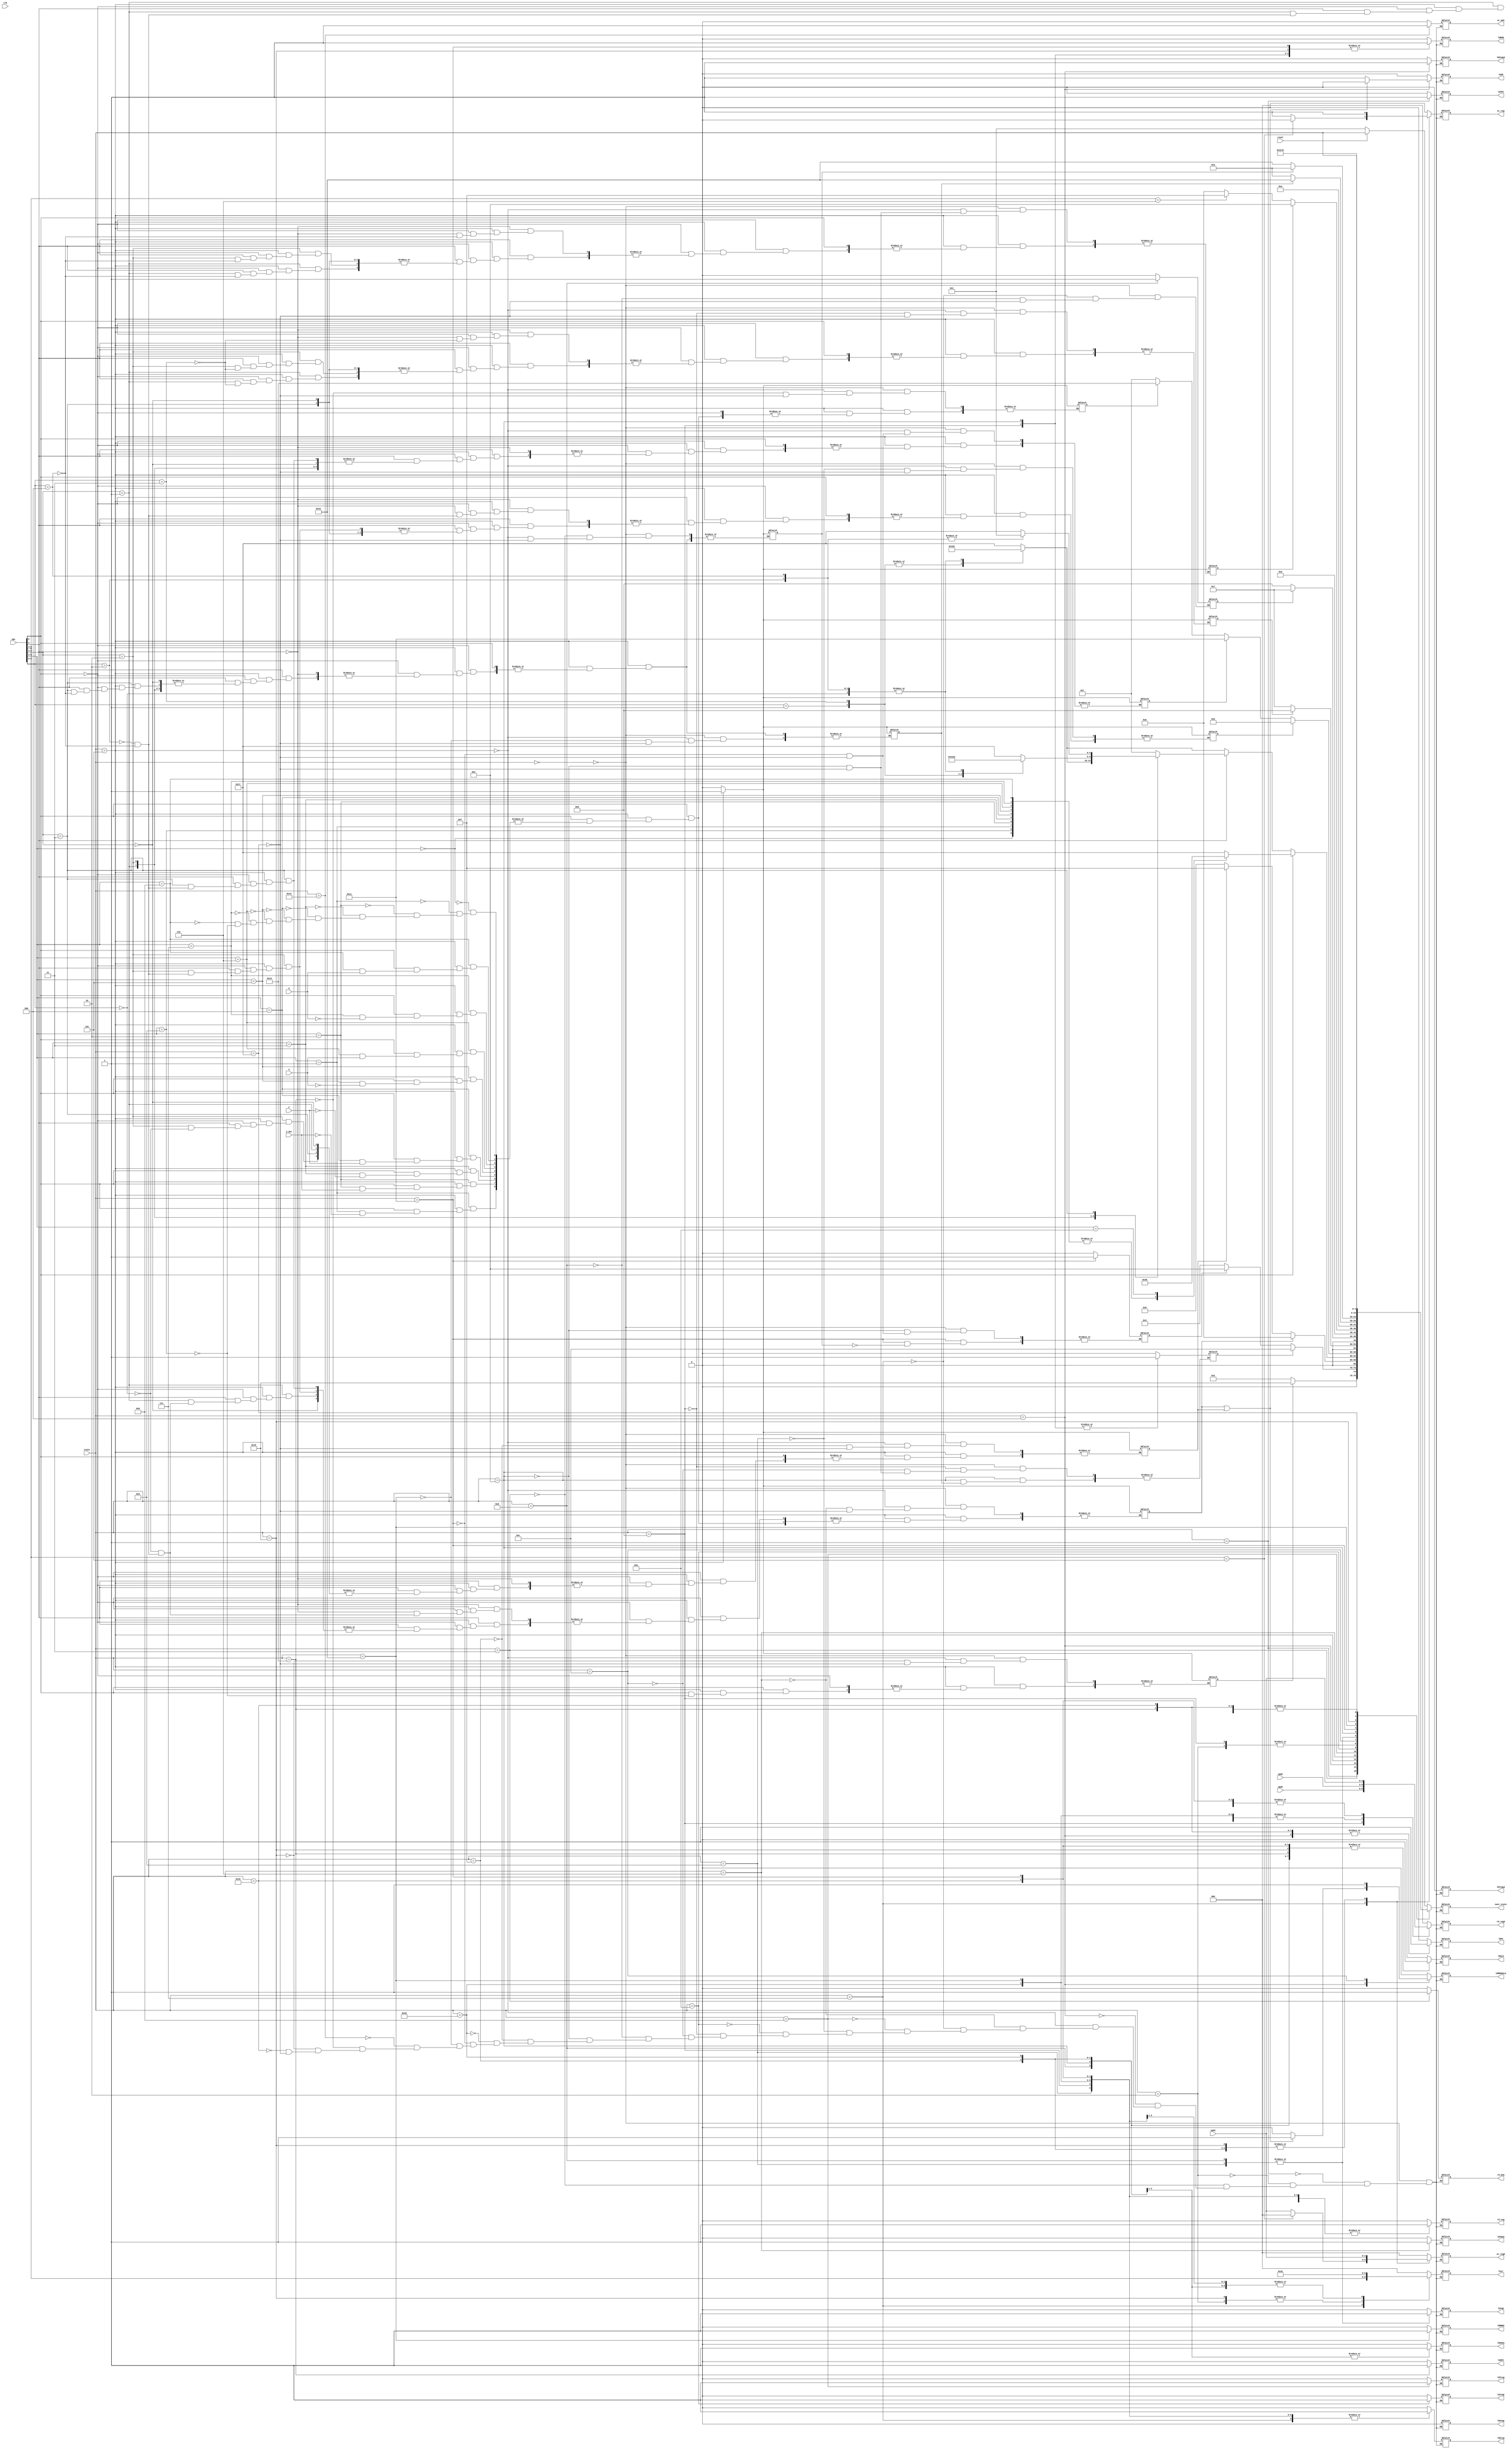
`timescale 1ns / 1ps
//////////////////////////////////////////////////////////////////////////////////
// Company: 
// Engineer: 
// 
// Design Name: 
// Module Name:    CPU_controller 
// Project Name: 
// Target Devices: 
// Tool versions: 
// Description: 
//
// Dependencies: 
//
// Revision: 
// Revision 0.01 - File Created
// Additional Comments: 
//
//////////////////////////////////////////////////////////////////////////////////
module CPU_controller(
   C,V,S,Z_det,clk,reset,
	opc,opd1,opd2,opd3,
	ldPC,ldIR,ldMAR,rd_mem,wr_mem,ldtmp,ldMDRZ,ldMDRdata,wr_reg,rd_reg,ldALU,
	ldXPC,ldYPC,ldXtmp,ldYtmp,ldXreg,ldYreg,ldXmem,ldYmem,ldXtmp2,ldYtmp2,
	wr_regA,rd_regA,fsel,
	state,next_state
	);
	
	input C,V,S,Z_det,clk,reset;
	input[4:0] state;
	input[6:0] opc;
	input[2:0] opd1,opd2,opd3;
	output ldPC,ldIR,ldMAR,rd_mem,wr_mem,ldtmp,ldMDRZ,ldMDRdata,wr_reg,rd_reg,ldALU;
	output ldXPC,ldYPC,ldXtmp,ldYtmp,ldXreg,ldYreg,ldXmem,ldYmem,ldXtmp2,ldYtmp2;
	output[2:0] wr_regA,rd_regA,fsel;
	output[4:0] next_state;
	
	reg ldPC,ldIR,ldMAR,rd_mem,wr_mem,ldtmp,ldMDRZ,ldMDRdata,wr_reg,rd_reg,ldALU;
	reg ldXPC,ldYPC,ldXtmp,ldYtmp,ldXreg,ldYreg,ldXmem,ldYmem,ldXtmp2,ldYtmp2;
	reg[2:0] wr_regA,rd_regA,fsel;
	reg[4:0] next_state;
	
	reg after4goto6,after1goto21,after17goto3,after3goto12,after3goto14,after4goto15;
	reg after6goto20,after6goto9,after12goto14,after8goto11,after6goto17,after14goto18,after10goto7;
	
	//afterXgotoY = 1 -> on reaching state X next state to go to is Y	
	//for description on other control signals refer to Controller specifications
	
	always@(state or reset)begin
		casex(state)
			0:
			begin
				after4goto6=0;
				after1goto21=0;
				after17goto3=0;
				after3goto12=0;
				after3goto14=0;
				after4goto15=0;
				after6goto20=0;
				after6goto9=0;
				after12goto14=0;
				after8goto11=0;
				after6goto17=0;
				after14goto18=0;
				after10goto7=0;
				ldPC=0;
				ldIR=0;
				ldMAR=0;
				rd_mem=0;
				wr_mem=0;
				ldtmp=0;
				ldMDRZ=0;
				ldMDRdata=0;
				wr_reg=0;
				rd_reg=0;
				ldALU=0;
				ldXPC=0;
				ldYPC=0;
				ldXtmp=0;
				ldYtmp=0;
				ldXreg=0;
				ldYreg=0;
				ldXmem=0;
				ldYmem=0;
				ldXtmp2=0;
				ldYtmp2=0;
				wr_regA=3'b0;
				rd_regA=3'b0;
				fsel=3'b0;
				if(reset)next_state=state;
				else next_state=1;
			end
			1:
			begin
				ldPC=0;
				ldIR=0;
				ldMAR=0;
				rd_mem=0;
				wr_mem=0;
				ldtmp=0;
				ldMDRZ=0;
				ldMDRdata=0;
				wr_reg=0;
				rd_reg=0;
				ldALU=0;
				ldXPC=0;
				ldYPC=1;
				ldXtmp=0;
				ldYtmp=0;
				ldXreg=0;
				ldYreg=0;
				ldXmem=0;
				ldYmem=0;
				ldXtmp2=0;
				ldYtmp2=0;
				wr_regA=3'b0;
				rd_regA=3'b0;
				fsel=3'b0;
				if(after1goto21)next_state=21;
				else next_state=2;
			end
			2:
			begin
				ldPC=0;
				ldIR=0;
				ldMAR=1;
				rd_mem=0;
				wr_mem=0;
				ldtmp=0;
				ldMDRZ=0;
				ldMDRdata=0;
				wr_reg=0;
				rd_reg=0;
				ldALU=1;
				ldXPC=0;
				ldYPC=0;
				ldXtmp=0;
				ldYtmp=0;
				ldXreg=0;
				ldYreg=0;
				ldXmem=0;
				ldYmem=0;
				ldXtmp2=0;
				ldYtmp2=0;
				wr_regA=3'b0;
				rd_regA=3'b0;
				fsel=3'b111;
				next_state=3;
			end
			3:
			begin
				after17goto3=0;
				ldPC=0;
				ldIR=0;
				ldMAR=0;
				rd_mem=1;
				wr_mem=0;
				ldtmp=0;
				ldMDRZ=0;
				ldMDRdata=0;
				wr_reg=0;
				rd_reg=0;
				ldALU=0;
				ldXPC=0;
				ldYPC=0;
				ldXtmp=0;
				ldYtmp=0;
				ldXreg=0;
				ldYreg=0;
				ldXmem=0;
				ldYmem=0;
				ldXtmp2=0;
				ldYtmp2=0;
				wr_regA=3'b0;
				rd_regA=3'b0;
				fsel=3'b0;
				if(after3goto12)next_state=12;
				else begin
					if(after3goto14)next_state=14;
					else next_state=4;
				end
			end
			4:
			begin
				ldPC=1;
				if(after4goto6 | after4goto15)begin
					ldMDRdata=1;
					ldIR=0;
				end
				else begin
					ldIR=1;
					ldMDRdata=0;
				end
				ldMAR=0;
				rd_mem=0;
				wr_mem=0;
				ldtmp=0;
				ldMDRZ=0;
				wr_reg=0;
				rd_reg=0;
				ldALU=1;
				ldXPC=0;
				ldYPC=0;
				ldXtmp=0;
				ldYtmp=0;
				ldXreg=0;
				ldYreg=0;
				ldXmem=0;
				ldYmem=0;
				ldXtmp2=1;
				ldYtmp2=0;
				wr_regA=3'b0;
				rd_regA=3'b0;
				fsel=3'b000;
				if(after4goto6)next_state=6;
				else begin
					if(after4goto15)next_state=15;
					else next_state=5;
				end
			end
			5:
			begin
				ldPC=0;
				ldIR=0;
				ldMAR=0;
				rd_mem=0;
				wr_mem=0;
				ldtmp=0;
				ldMDRZ=0;
				ldMDRdata=0;
				wr_reg=0;
				rd_reg=0;
				ldALU=0;
				ldXPC=0;
				ldYPC=0;
				ldXtmp=0;
				ldYtmp=0;
				ldXreg=0;
				ldYreg=0;
				ldXmem=0;
				ldYmem=0;
				ldXtmp2=0;
				ldYtmp2=0;
				wr_regA=3'b0;
				rd_regA=3'b0;
				fsel=3'b0;
				if(opc[6])begin
					casex(opc[5:2])
						4'b0000:
						begin
							next_state=1;
							after4goto6=1;
							after6goto20=1;
						end
						4'b0001:
						begin
							next_state=1;
							if(Z_det)begin
								after4goto6=1;
								after6goto20=1;
							end
						end
						4'b0010:
						begin
							next_state=1;
							if(Z_det==0)begin
								after4goto6=1;
								after6goto20=1;
							end
						end
						4'b0011:
						begin
							next_state=1;
							if(C)begin
								after4goto6=1;
								after6goto20=1;
							end
						end
						4'b0100:
						begin
							next_state=1;
							if(C==0)begin
								after4goto6=1;
								after6goto20=1;
							end
						end
						4'b0101:
						begin
							next_state=1;
							if(V)begin
								after4goto6=1;
								after6goto20=1;
							end
						end
						4'b0110:
						begin
							next_state=1;
							if(V==0)begin
								after4goto6=1;
								after6goto20=1;
							end
						end
						4'b0111:
						begin
							next_state=1;
							if(S)begin
								after4goto6=1;
								after6goto20=1;
							end
						end
						4'b1000:
						begin
							next_state=1;
							if(S==0)begin
								after4goto6=1;
								after6goto20=1;
							end
						end
						4'b1001:
						begin
							next_state=1;
							after1goto21=1;
							after4goto6=1;
							after6goto20=1;
						end
						4'b1010:next_state=22;
						default:next_state=23;
					endcase
				end
				else begin
					if(opc[5])begin
						casex(opc[4:3])
							2'b00:next_state=7;
							2'b01:
							begin
								casex(opc[2:0])
									3'b000:
									begin
										next_state=1;
										after4goto6=1;
									end
									3'b001:next_state=8;
									3'b010:
									begin
										next_state=1;
										after4goto6=1;
										after6goto9=1;
									end
									3'b011:begin
										next_state=8;
										after8goto11=1;
									end
									3'b100:
									begin
										next_state=1;
										after4goto6=1;
										after6goto9=1;
										after12goto14=1;
									end
									default:next_state=23;
								endcase
							end
							2'b10:
							begin
								casex(opc[2:0])
									3'b000:
									begin
										next_state=1;
										after4goto15=1;
									end
									3'b001:next_state=16;
									3'b010:
									begin
										next_state=1;
										after4goto6=1;
										after6goto9=1;
									end
									3'b011:begin
										next_state=8;
										after8goto11=1;
									end
									3'b100:
									begin
										next_state=1;
										after4goto6=1;
										after6goto9=1;
										after12goto14=1;
									end
									default:next_state=23;
								endcase
							end
							2'b11:
							begin
								casex(opc[2:0])
									3'b010:
									begin
										next_state=1;
										after4goto6=1;
										after6goto17=1;
									end
									3'b100:
									begin
										next_state=1;
										after4goto6=1;
										after6goto17=1;
										after17goto3=1;
										after14goto18=1;
									end
									default:next_state=23;
								endcase
							end
						endcase
					end
					else begin
						casex(opc[2:0])
							3'b000:
							begin
								next_state=1;
								after4goto6=1;
							end
							3'b001:next_state=8;
							3'b010:
							begin
								next_state=1;
								after4goto6=1;
								after6goto9=1;
							end
							3'b011:begin
								next_state=8;
								after8goto11=1;
							end
							3'b100:
							begin
								next_state=1;
								after4goto6=1;
								after6goto9=1;
								after12goto14=1;
							end
							default:next_state=23;
						endcase
					end
				end
			end
			6:
			begin
				after4goto6=0;
				ldPC=0;
				ldIR=0;
				ldMAR=0;
				rd_mem=0;
				wr_mem=0;
				ldtmp=0;
				ldMDRZ=0;
				ldMDRdata=0;
				wr_reg=0;
				rd_reg=0;
				ldALU=0;
				ldXPC=0;
				ldYPC=0;
				ldXtmp=0;
				ldYtmp=0;
				ldXreg=0;
				ldYreg=0;
				ldXmem=0;
				ldYmem=1;
				ldXtmp2=0;
				ldYtmp2=0;
				wr_regA=3'b0;
				rd_regA=3'b0;
				fsel=3'b0;
				if(after6goto9)next_state=9;
				else begin
					if(after6goto17)next_state=17;
					else begin
						if(after6goto20)next_state=20;
						else next_state=7;
					end
				end
			end
			7:
			begin
				after10goto7=0;
 				ldPC=0;
				ldIR=0;
				ldMAR=0;
				rd_mem=0;
				wr_mem=0;
				ldtmp=0;
				ldMDRZ=0;
				ldMDRdata=0;
				if(opc[5:3]==3'b101)wr_reg=0;
				else wr_reg=1;
				rd_reg=1;
				ldALU=1;
				ldXPC=0;
				ldYPC=0;
				ldXtmp=0;
				ldYtmp=0;
				ldXreg=1;
				ldYreg=0;
				ldXmem=0;
				ldYmem=0;
				ldXtmp2=0;
				ldYtmp2=0;
				if(opc[5:3]==3'b101)wr_regA=3'b0;
				else wr_regA=opd1;
				rd_regA=opd1;
				fsel=opc[5:3];
				next_state=1;
			end
			8:
			begin
				ldPC=0;
				ldIR=0;
				ldMAR=0;
				rd_mem=0;
				wr_mem=0;
				ldtmp=0;
				ldMDRZ=0;
				ldMDRdata=0;
				wr_reg=0;
				rd_reg=1;
				ldALU=0;
				ldXPC=0;
				ldYPC=0;
				ldXtmp=0;
				ldYtmp=0;
				ldXreg=0;
				ldYreg=1;
				ldXmem=0;
				ldYmem=0;
				ldXtmp2=0;
				ldYtmp2=0;
				wr_regA=3'b0;
				rd_regA=opd2;
				fsel=3'b0;
				if(after8goto11)next_state=11;
				else next_state=7;
			end
			9:
			begin
				after6goto9=0;
				ldPC=0;
				ldIR=0;
				ldMAR=0;
				rd_mem=0;
				wr_mem=0;
				ldtmp=1;
				ldMDRZ=0;
				ldMDRdata=0;
				wr_reg=0;
				rd_reg=1;
				ldALU=1;
				ldXPC=0;
				ldYPC=0;
				ldXtmp=0;
				ldYtmp=0;
				ldXreg=1;
				ldYreg=0;
				ldXmem=0;
				ldYmem=0;
				ldXtmp2=0;
				ldYtmp2=0;
				wr_regA=3'b0;
				rd_regA=opd2;
				fsel=3'b000;
				next_state=10;
			end
			10:
			begin
				ldPC=0;
				ldIR=0;
				ldMAR=0;
				rd_mem=0;
				wr_mem=0;
				ldtmp=0;
				ldMDRZ=0;
				ldMDRdata=0;
				wr_reg=0;
				rd_reg=0;
				ldALU=0;
				ldXPC=0;
				ldYPC=0;
				ldXtmp=0;
				ldYtmp=1;
				ldXreg=0;
				ldYreg=0;
				ldXmem=0;
				ldYmem=0;
				ldXtmp2=0;
				ldYtmp2=0;
				wr_regA=3'b0;
				rd_regA=3'b0;
				fsel=3'b0;
				if(after10goto7)next_state=7;
				else next_state=11;
			end
			11:
			begin
				after8goto11=0;
				ldPC=0;
				ldIR=0;
				ldMAR=1;
				rd_mem=0;
				wr_mem=0;
				ldtmp=0;
				ldMDRZ=0;
				ldMDRdata=0;
				wr_reg=0;
				rd_reg=1;
				ldALU=1;
				ldXPC=0;
				ldYPC=0;
				ldXtmp=0;
				ldYtmp=0;
				ldXreg=1;
				ldYreg=0;
				ldXmem=0;
				ldYmem=0;
				ldXtmp2=0;
				ldYtmp2=0;
				wr_regA=3'b0;
				rd_regA=opd3;
				fsel=3'b000;
				next_state=3;
				after3goto12=1;
			end
			12:
			begin
				after3goto12=0;
				ldPC=0;
				ldIR=0;
				ldMAR=0;
				rd_mem=0;
				wr_mem=0;
				ldtmp=0;
				ldMDRZ=0;
				ldMDRdata=1;
				wr_reg=0;
				rd_reg=0;
				ldALU=0;
				ldXPC=0;
				ldYPC=0;
				ldXtmp=0;
				ldYtmp=0;
				ldXreg=0;
				ldYreg=0;
				ldXmem=0;
				ldYmem=0;
				ldXtmp2=0;
				ldYtmp2=0;
				wr_regA=3'b0;
				rd_regA=3'b0;
				fsel=3'b0;
				if(after12goto14)next_state=14;
				else begin
					if(opc[5:3]==3'b110)next_state=15;
					else next_state=6;
				end
			end
			13:
			begin
				ldPC=0;
				ldIR=0;
				ldMAR=0;
				rd_mem=0;
				wr_mem=0;
				ldtmp=1;
				ldMDRZ=0;
				ldMDRdata=0;
				wr_reg=0;
				rd_reg=0;
				ldALU=1;
				ldXPC=0;
				ldYPC=0;
				ldXtmp=0;
				ldYtmp=0;
				ldXreg=0;
				ldYreg=0;
				ldXmem=1;
				ldYmem=0;
				ldXtmp2=0;
				ldYtmp2=0;
				wr_regA=3'b0;
				rd_regA=3'b0;
				fsel=3'b110;
				next_state=10;
				after10goto7=1;
			end
			14:
			begin
				after12goto14=0;
				after3goto14=0;
				ldPC=0;
				ldIR=0;
				ldMAR=1;
				rd_mem=0;
				wr_mem=0;
				ldtmp=0;
				ldMDRZ=0;
				ldMDRdata=0;
				wr_reg=0;
				rd_reg=0;
				ldALU=1;
				ldXPC=0;
				ldYPC=0;
				ldXtmp=0;
				ldYtmp=0;
				ldXreg=0;
				ldYreg=0;
				ldXmem=1;
				ldYmem=0;
				ldXtmp2=0;
				ldYtmp2=0;
				wr_regA=3'b0;
				rd_regA=3'b0;
				fsel=3'b110;
				if(after14goto18)next_state=18;
				else begin
					next_state=3;
					after3goto12=1;
				end
			end
			15:
			begin
				after4goto15=0;
				ldPC=0;
				ldIR=0;
				ldMAR=0;
				rd_mem=0;
				wr_mem=0;
				ldtmp=0;
				ldMDRZ=0;
				ldMDRdata=0;
				wr_reg=1;
				rd_reg=0;
				ldALU=1;
				ldXPC=0;
				ldYPC=0;
				ldXtmp=0;
				ldYtmp=0;
				ldXreg=0;
				ldYreg=0;
				ldXmem=1;
				ldYmem=0;
				ldXtmp2=0;
				ldYtmp2=0;
				wr_regA=opd1;
				rd_regA=3'b0;
				fsel=3'b110;
				next_state=1;
			end
			16:
			begin
				ldPC=0;
				ldIR=0;
				ldMAR=0;
				rd_mem=0;
				wr_mem=0;
				ldtmp=0;
				ldMDRZ=0;
				ldMDRdata=0;
				wr_reg=1;
				rd_reg=1;
				ldALU=1;
				ldXPC=0;
				ldYPC=0;
				ldXtmp=0;
				ldYtmp=0;
				ldXreg=1;
				ldYreg=0;
				ldXmem=0;
				ldYmem=0;
				ldXtmp2=0;
				ldYtmp2=0;
				wr_regA=opd1;
				rd_regA=opd2;
				fsel=3'b110;
				next_state=1;
			end
			17:
			begin
				after6goto17=0;
				ldPC=0;
				ldIR=0;
				ldMAR=1;
				rd_mem=0;
				wr_mem=0;
				ldtmp=0;
				ldMDRZ=0;
				ldMDRdata=0;
				wr_reg=0;
				rd_reg=1;
				ldALU=1;
				ldXPC=0;
				ldYPC=0;
				ldXtmp=0;
				ldYtmp=0;
				ldXreg=1;
				ldYreg=0;
				ldXmem=0;
				ldYmem=0;
				ldXtmp2=0;
				ldYtmp2=0;
				wr_regA=3'b0;
				rd_regA=opd1;
				fsel=3'b000;
				if(after17goto3)begin
					next_state=3;
					after3goto14=1;
				end
				else next_state=18;
			end
			18:
			begin
				after14goto18=0;
				ldPC=0;
				ldIR=0;
				ldMAR=0;
				rd_mem=0;
				wr_mem=0;
				ldtmp=0;
				ldMDRZ=1;
				ldMDRdata=0;
				wr_reg=0;
				rd_reg=1;
				ldALU=0;
				ldXPC=0;
				ldYPC=0;
				ldXtmp=0;
				ldYtmp=0;
				ldXreg=1;
				ldYreg=0;
				ldXmem=0;
				ldYmem=0;
				ldXtmp2=0;
				ldYtmp2=0;
				wr_regA=3'b0;
				rd_regA=opd2;
				fsel=3'b110;
				next_state=19;
			end
			19:
			begin
				ldPC=0;
				ldIR=0;
				ldMAR=0;
				rd_mem=0;
				wr_mem=1;
				ldtmp=0;
				ldMDRZ=0;
				ldMDRdata=0;
				wr_reg=0;
				rd_reg=0;
				ldALU=0;
				ldXPC=0;
				ldYPC=0;
				ldXtmp=0;
				ldYtmp=0;
				ldXreg=0;
				ldYreg=0;
				ldXmem=0;
				ldYmem=0;
				ldXtmp2=0;
				ldYtmp2=0;
				wr_regA=3'b0;
				rd_regA=3'b0;
				fsel=3'b0;
				next_state=1;
			end
			20:
			begin
				after6goto20=0;
				ldPC=1;
				ldIR=0;
				ldMAR=0;
				rd_mem=0;
				wr_mem=0;
				ldtmp=0;
				ldMDRZ=0;
				ldMDRdata=0;
				wr_reg=0;
				rd_reg=0;
				ldALU=1;
				ldXPC=1;
				ldYPC=0;
				ldXtmp=0;
				ldYtmp=0;
				ldXreg=0;
				ldYreg=0;
				ldXmem=0;
				ldYmem=0;
				ldXtmp2=0;
				ldYtmp2=0;
				wr_regA=3'b0;
				rd_regA=3'b0;
				fsel=3'b000;
				next_state=1;
			end
			21:
			begin
				after1goto21=0;
				ldPC=0;
				ldIR=0;
				ldMAR=1;
				rd_mem=0;
				wr_mem=0;
				ldtmp=0;
				ldMDRZ=0;
				ldMDRdata=0;
				wr_reg=1;
				rd_reg=0;
				ldALU=1;
				ldXPC=0;
				ldYPC=0;
				ldXtmp=0;
				ldYtmp=0;
				ldXreg=0;
				ldYreg=0;
				ldXmem=0;
				ldYmem=0;
				ldXtmp2=0;
				ldYtmp2=0;
				wr_regA=opd1;
				rd_regA=3'b0;
				fsel=3'b111;
				next_state=2;
			end
			22:
			begin
				ldPC=1;
				ldIR=0;
				ldMAR=0;
				rd_mem=0;
				wr_mem=0;
				ldtmp=0;
				ldMDRZ=0;
				ldMDRdata=0;
				wr_reg=0;
				rd_reg=1;
				ldALU=1;
				ldXPC=0;
				ldYPC=0;
				ldXtmp=0;
				ldYtmp=0;
				ldXreg=1;
				ldYreg=0;
				ldXmem=0;
				ldYmem=0;
				ldXtmp2=0;
				ldYtmp2=0;
				wr_regA=3'b0;
				rd_regA=opd1;
				fsel=3'b110;
				next_state=1;
			end
			23:
			begin
				after4goto6=0;
				after1goto21=0;
				after17goto3=0;
				after3goto12=0;
				after3goto14=0;
				after4goto15=0;
				after6goto20=0;
				after6goto9=0;
				after12goto14=0;
				after8goto11=0;
				after6goto17=0;
				after14goto18=0;
				after10goto7=0;
				ldPC=0;
				ldIR=0;
				ldMAR=0;
				rd_mem=0;
				wr_mem=0;
				ldtmp=0;
				ldMDRZ=0;
				ldMDRdata=0;
				wr_reg=0;
				rd_reg=0;
				ldALU=0;
				ldXPC=0;
				ldYPC=0;
				ldXtmp=0;
				ldYtmp=0;
				ldXreg=0;
				ldYreg=0;
				ldXmem=0;
				ldYmem=0;
				ldXtmp2=0;
				ldYtmp2=0;
				wr_regA=3'b0;
				rd_regA=3'b0;
				fsel=3'b0;
				next_state=state;
			end
		endcase
	end
endmodule